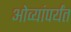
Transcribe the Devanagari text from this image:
ओव्यांपर्यंत